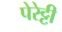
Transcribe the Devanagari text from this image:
पेरेट्टी